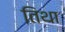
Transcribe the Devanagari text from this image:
तिथा